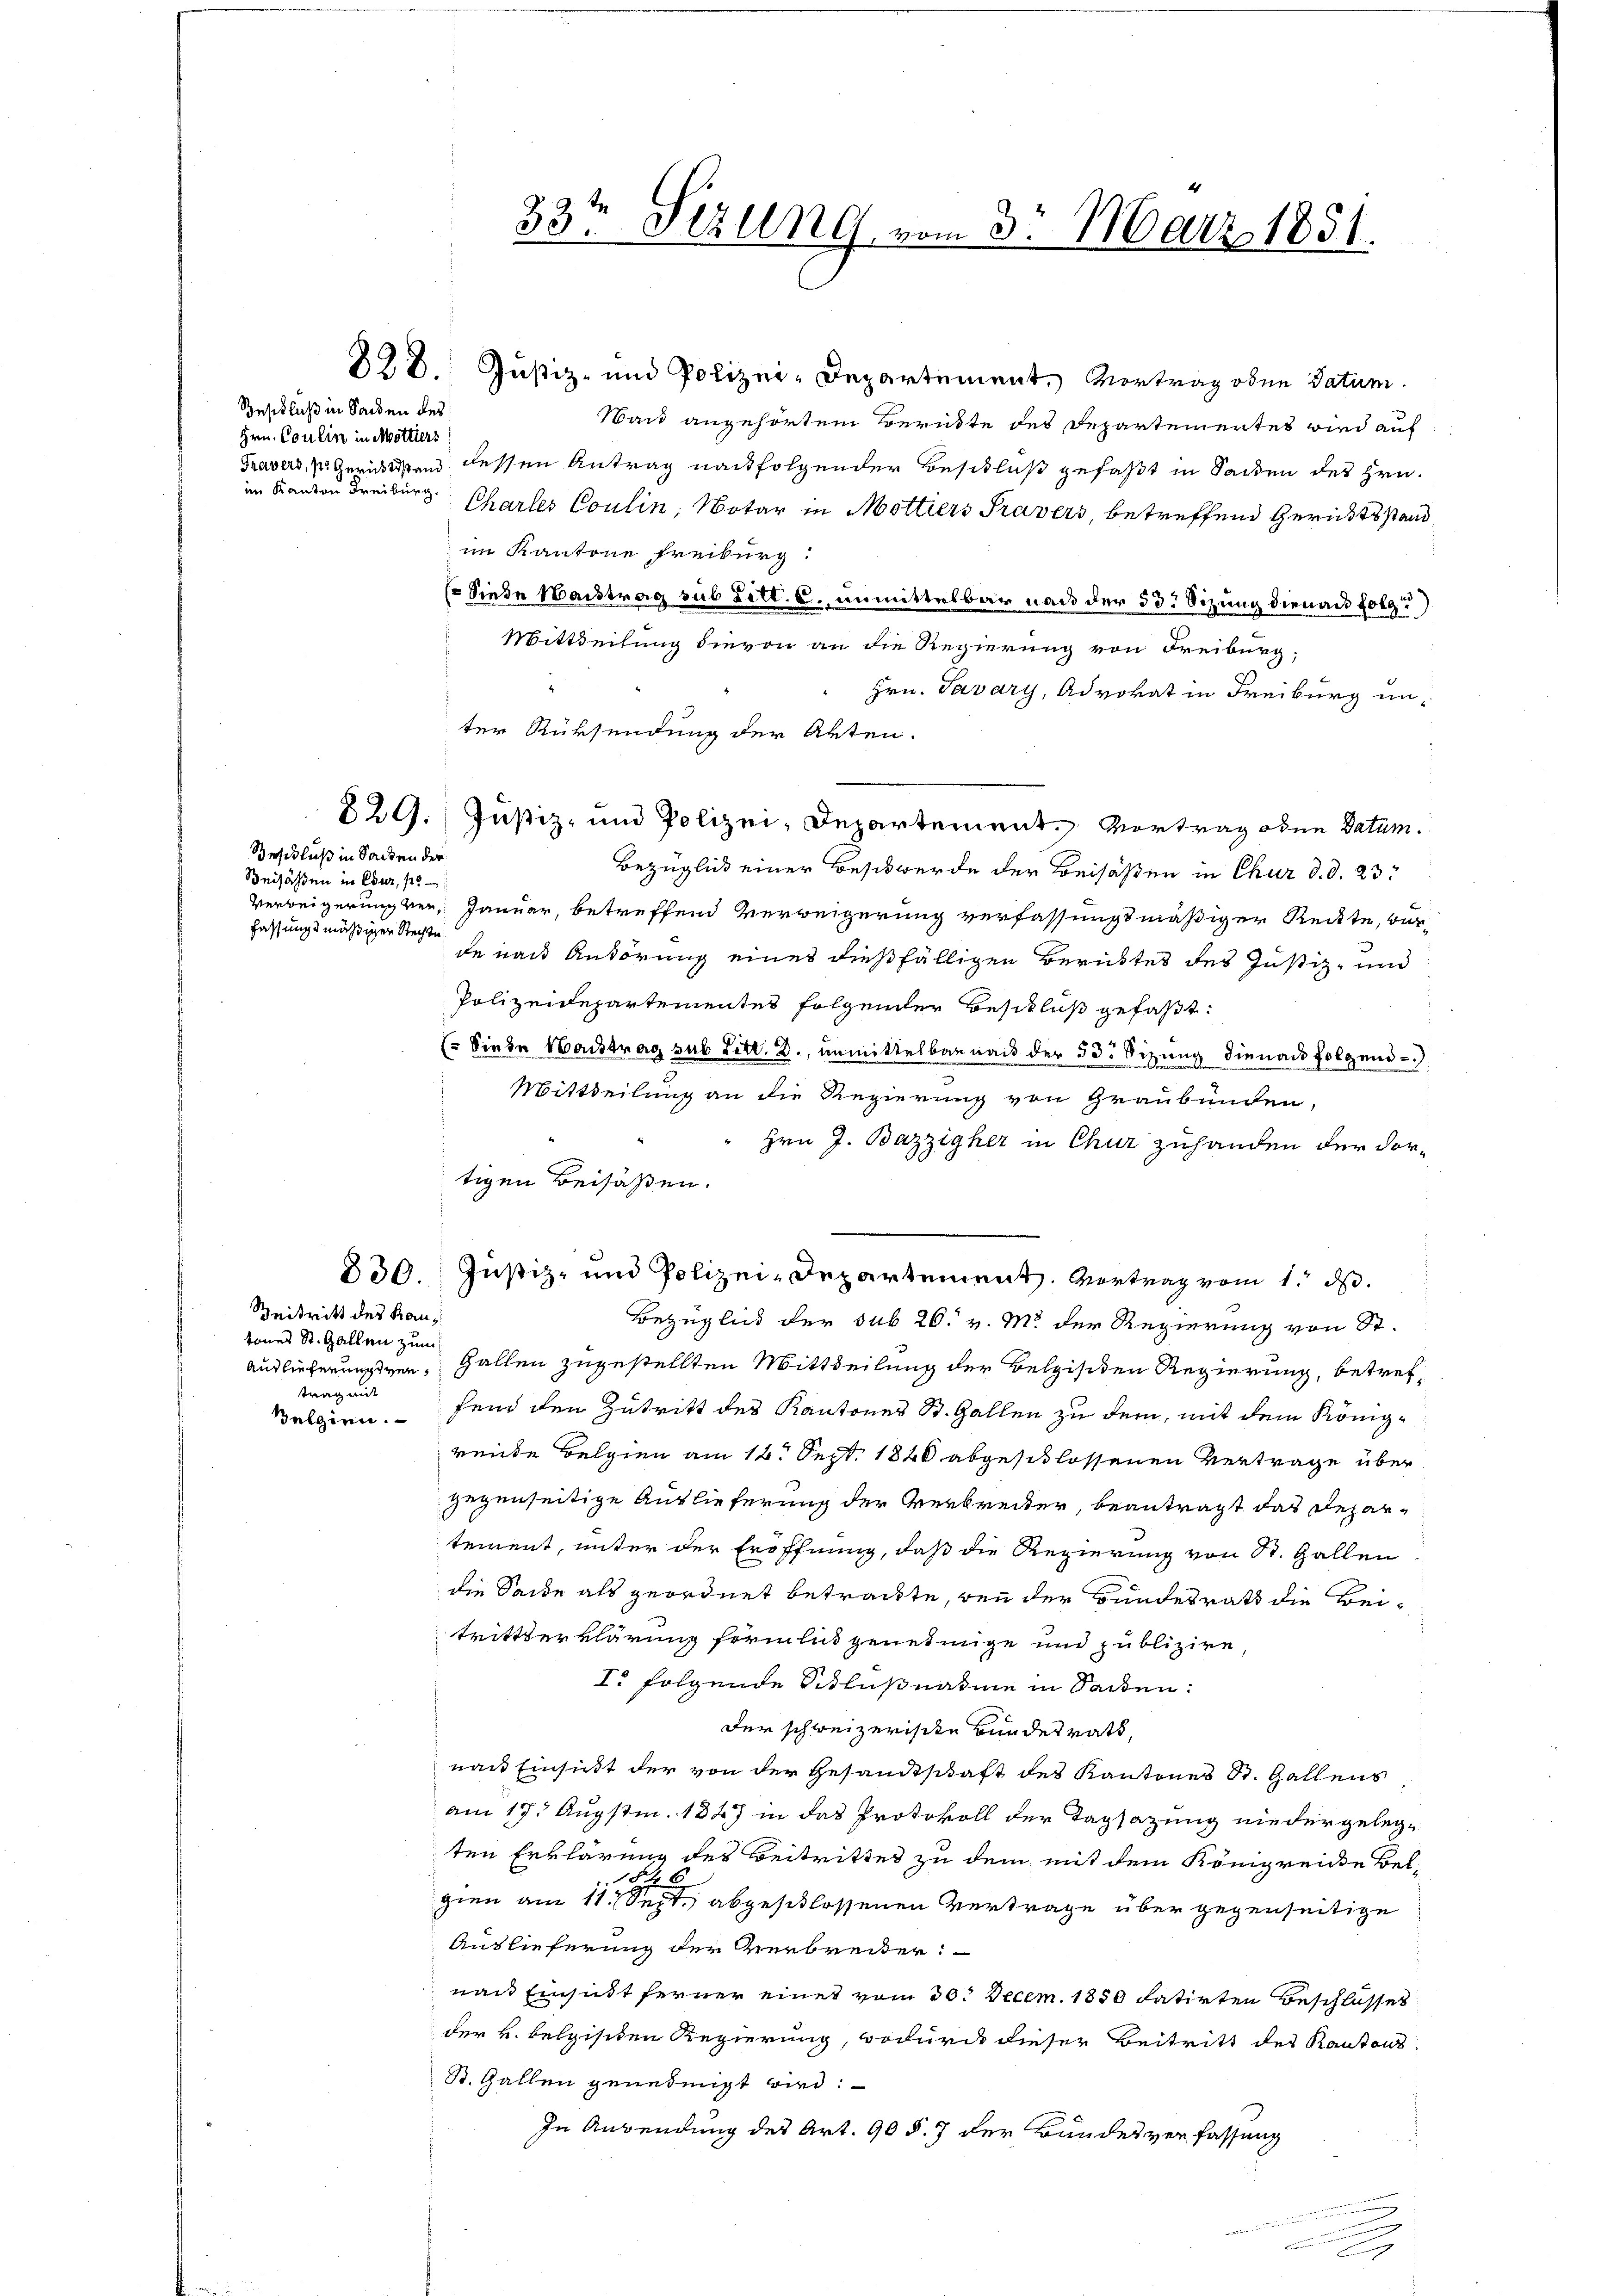
Beschluß in Sachen des
Hrn. Coulin in Mottiers
im Kanton Freiburg.

Beschluß in Sacken der
Beisaßen in Chur, p
fassungsmäßiger Rechte

Zeitritt des Kantones St. Gallen zum
trag mit
Belgien.

328. Justiz- und Polizei-Departement, Vortrag oben datum.
Wand angehörtem Berükte des Departementes wird auf
Travers, v. Gerichtstand dessen Antrag nachfolgender Beschluß gefaßt in Sanden des Hrn.
Chartes Coulin, Notar in Mottiers Pravers, betreffend Gerichtsstand
im Kantone Freiburg.
Siebe Maistrag sub Litt. c., unmittelbar nach der 33. Sizung dienach folge
Mittheilung dievon an die Regierung von Freiburg,
Hrn. Tavary, Advokat in Freiburg un¬
829. Justiz- und Polizei-Departement. Vortrag oder Datum.
Bezüglich einer Beschwerde der Beisaßen in Chur d. d. 23.
Verweigerung ver¬ Januar, betreffend Verweigerung verfassungsmäßiger Reckte, wurde nach Anhörung eines dießfälligen Berichtes des Justiz- und
Polizeidepartementes folgender Beschluß gefaßt:
(Siehe Haustrag sub Litt. B., unmittelbar nach der 53. Sizung dienach folgend
Mittheilung an die Regierung von Graubünden,
Hrn J. Bazzigher in Chur zuhanden der dortigen Beisaßen.
830. Justiz- und Polizei-Departement. Vortrag vom 1. ds.
Bezüglich der sub 26. v. M. der Regierung von St.
Auslieferungsver, Hallen zugestellten Mittheilung der Beleisiten Regierung, betreffend den Zutritt des Kantones St. Gallen zu dem, mit dem Königrende Belgien am 12. Sept. 1840 abgeschlossenen Vertrage über
gegenseitige Auslieferung der Verbreiter, beantragt das Departement, unter der Eröffnung, daß die Regierung von St. Gallen
die Seide als geordnet betrackte, den der Bundesrath die Beitrittserklärung formlich genehmige und publizire
I. folgende Schlußnature in Sacken:
Der schweizerische Bundesrath,
nach Einsicht der von der Gesandtschaft des Kantones St. Gallens
am 17. Augstm. 1847 in das Protokoll der Tagsazung niedergelegten Erklärung des Beitrittes zu dem mit dem Königreie Bel¬
.
2
gien am 11. Sept. abgeschlossenen Vertrage über gegenseitige
Auslieferung der Verbreiter:
nach Einsidt ferner eines vom 30. Decem. 1850 datirten Beschlusses
der k. belgischen Regierung, wodurch dieser Beitritt des Kantons¬
St. Gallen genehmigt wird:
In Anwendung des Art. 90 §. 7 der Bundesverfassung

33te Sizung vom 3. März 1851.

ter Rüksendung der Akten.